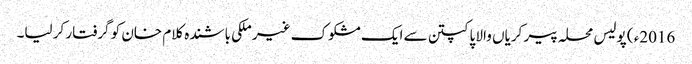
2016ء ) پولیس محلہ پیر کریاں والا پاکپتن سے ایک مشکوک غیر ملکی باشندہ کلام خان کو گرفتار کر لیا۔